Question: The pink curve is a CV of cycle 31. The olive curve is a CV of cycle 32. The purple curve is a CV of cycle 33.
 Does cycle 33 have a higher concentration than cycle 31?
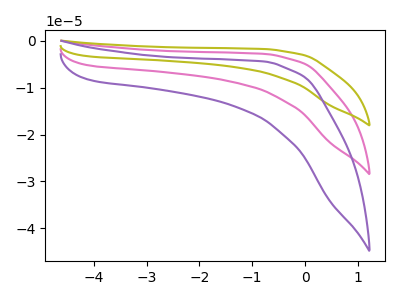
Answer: <think>The pink curve "cycle 31" has no peaks. The olive curve "cycle 32" has no peaks. The purple curve "cycle 33" has no peaks.
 Neither "cycle 33" or "cycle 31" have any peaks.</think>
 <answer>I cant tell if "cycle 33" or "cycle 31" has higher concentration.</answer>
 <eval>mixed_concentration</eval>